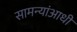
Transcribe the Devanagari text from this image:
सामन्यांआधी